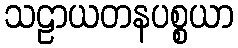
သဠာယတနပစ္စယာ